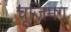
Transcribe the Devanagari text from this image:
चूजिमग